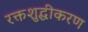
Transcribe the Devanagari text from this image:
रक्तशुद्धीकरण